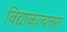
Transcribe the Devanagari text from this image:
विद्याकल्पतरू